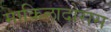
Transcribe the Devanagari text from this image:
माकिलादोरास